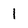
Character: 1